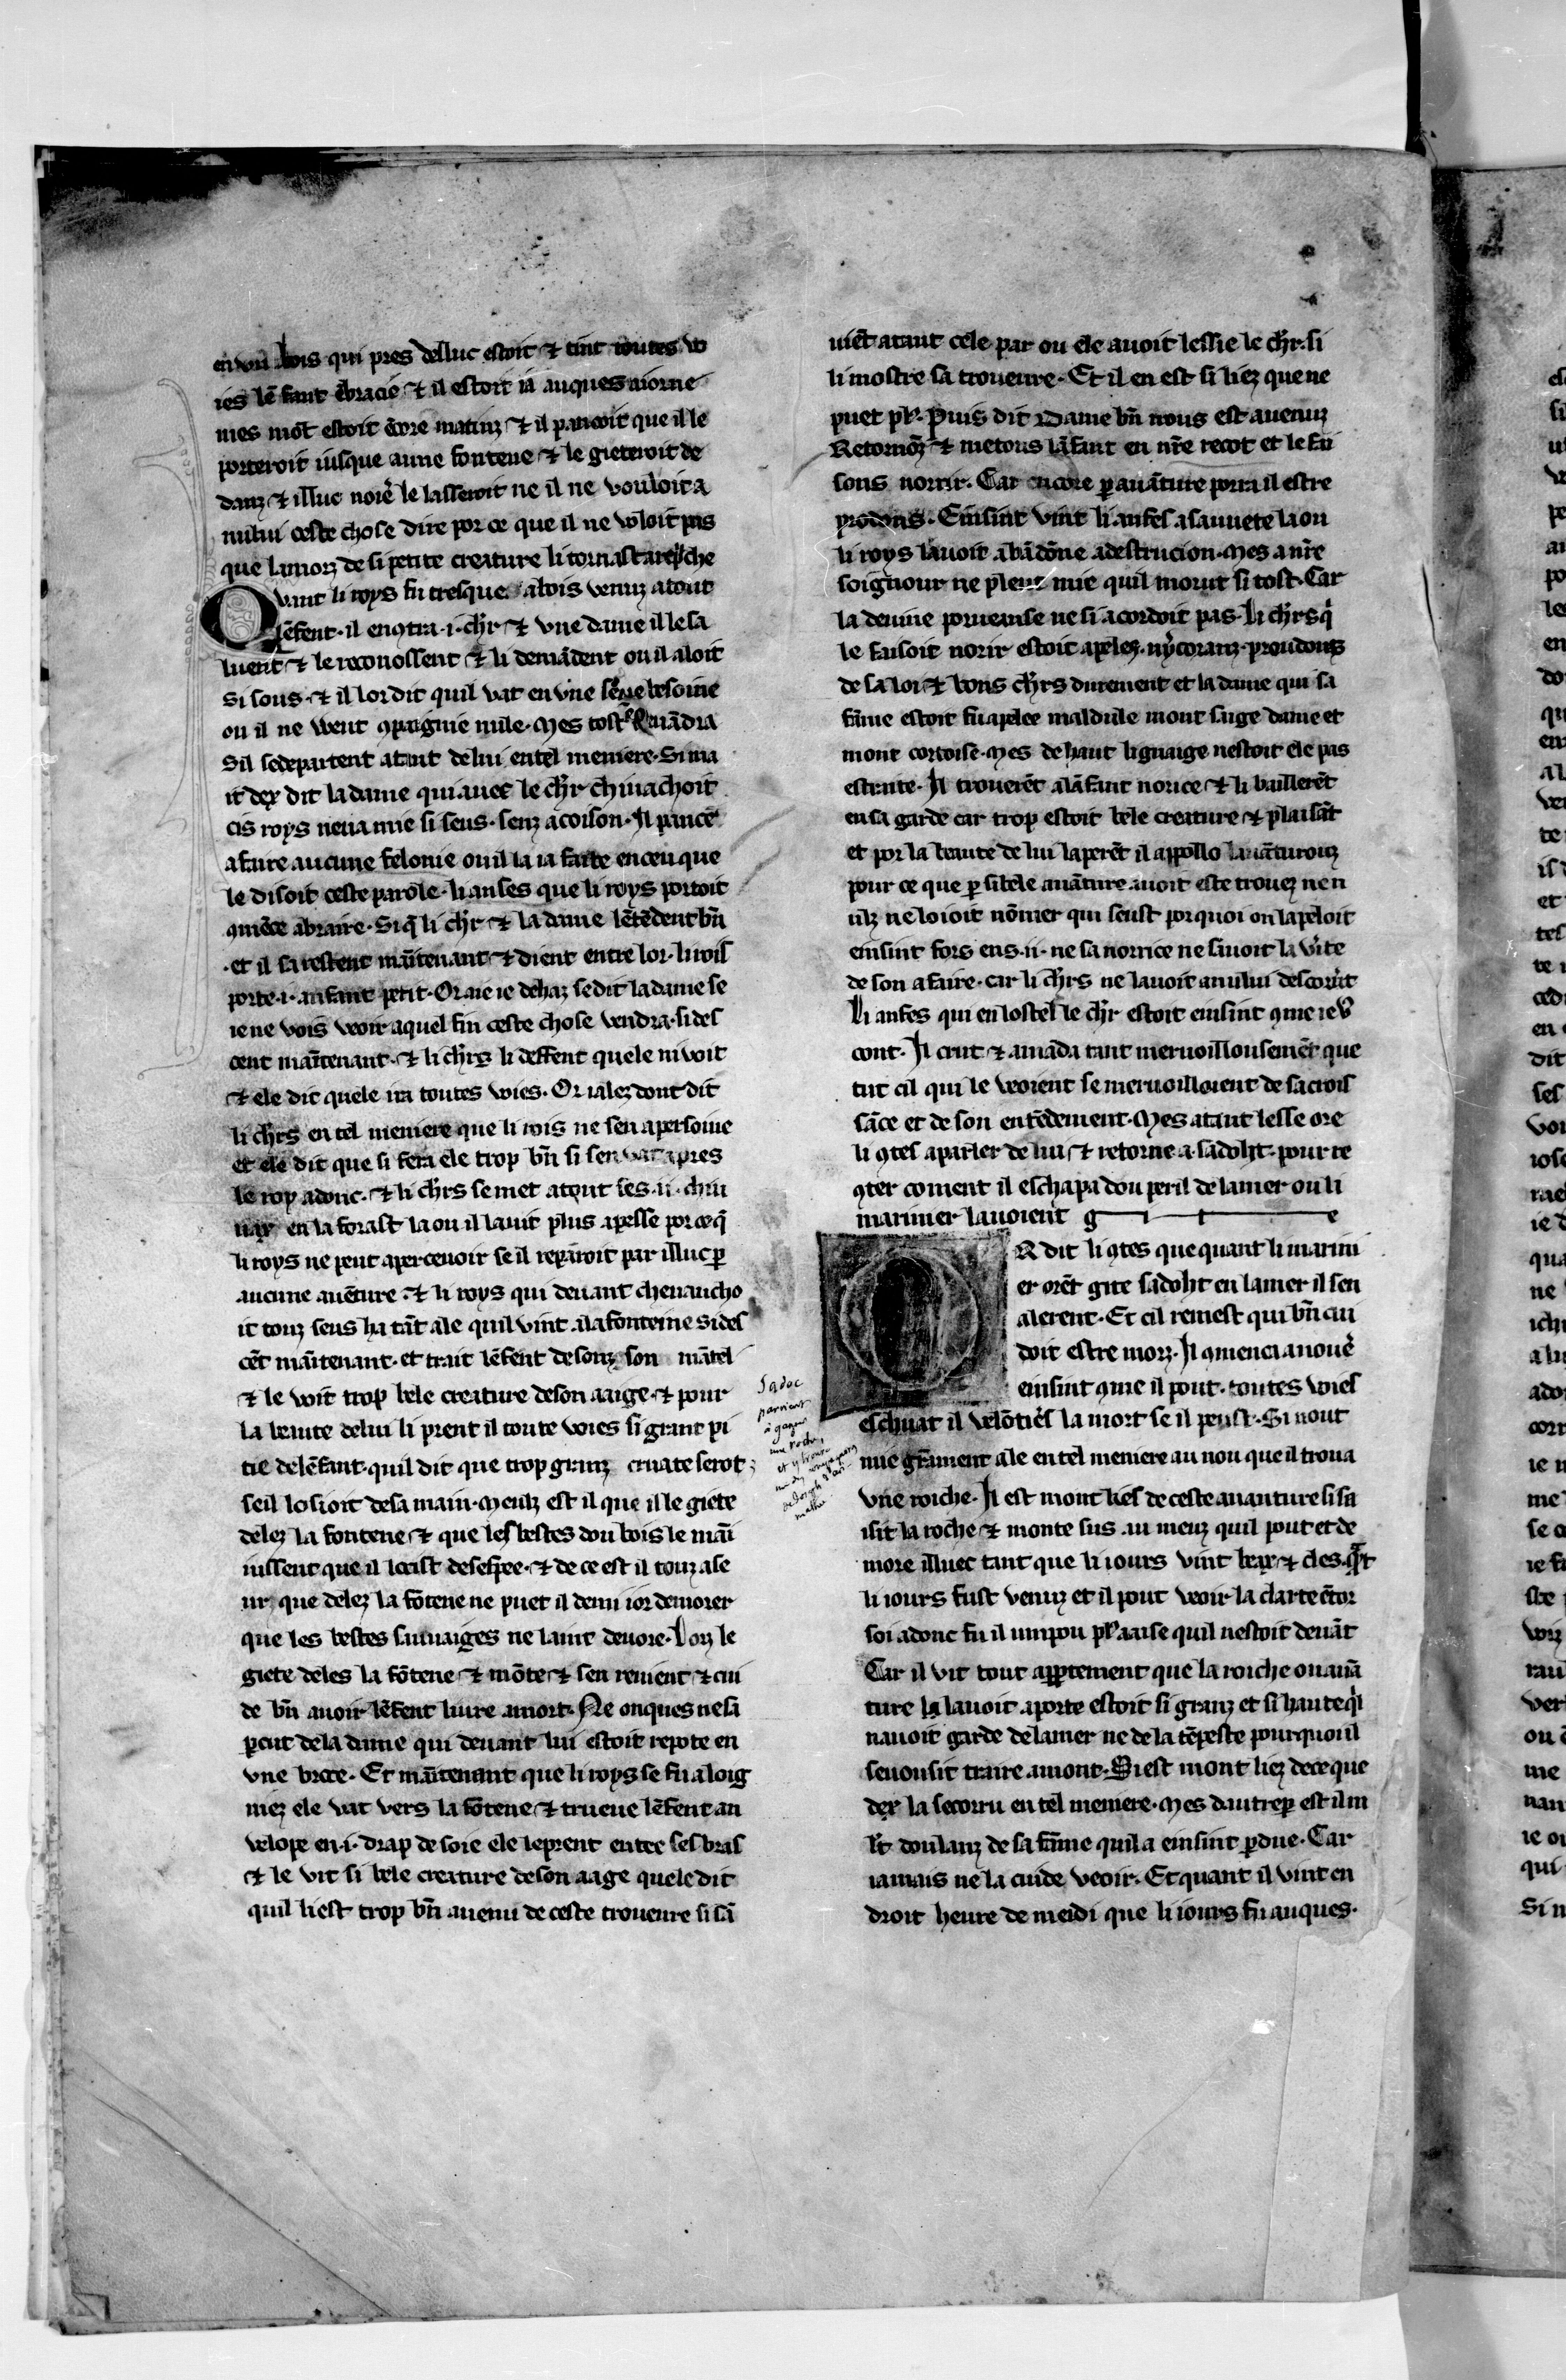
Shelfmark: Paris, BnF, fr. 104
Century: 13